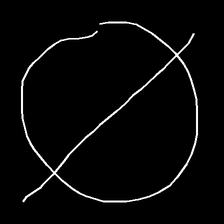
Glyph: orb